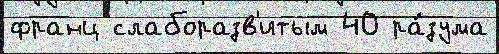
франц слаборазв'итым 40 ра́зума